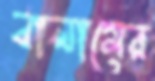
বালামের